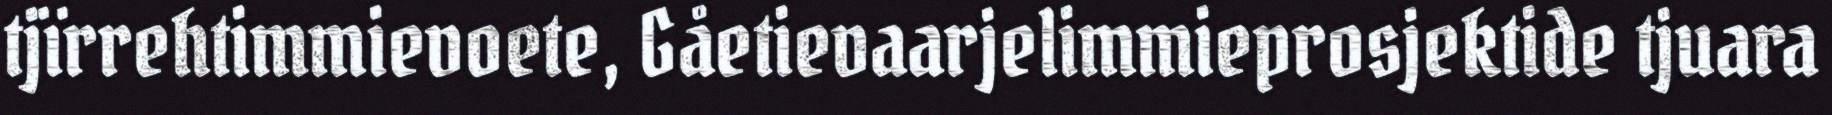
tjïrrehtimmievoete, Gåetievaarjelimmieprosjektide tjuara